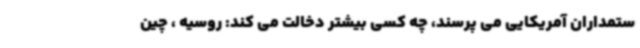
ستمداران آمریکایی می پرسند، چه کسی بیشتر دخالت می کند: روسیه ، چین